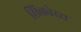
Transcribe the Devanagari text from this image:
सिकोरस